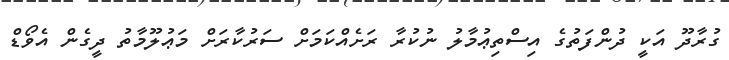
ގުރާދޫ އަކީ ދުންފަތުގެ އިސްތިޢުމާލު ނުކުރާ ރަށެއްކަމަށް ސަރުކާރަށް މަޢުލޫމާތު ދީގެން އެވޯޑް